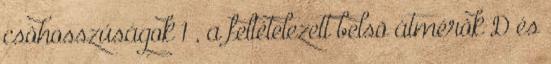
csõhosszúságok 1 , a feltételezett belsõ átmérõk D és